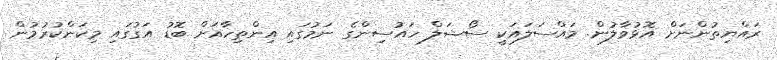
ރައްޔިތުންނަށް އޮޅުވާލުން. މައްސަލައަކީ ސޯޝަލް ހައުސިންގެ ނަމުގައި އިންތިހާއަށް ބޮޑު އަގުގައި މިކަންކުރުމުން